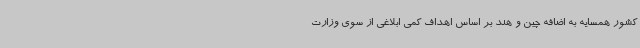
کشور همسایه به اضافه چین و هند بر اساس اهداف کمی ابلاغی از سوی وزارت